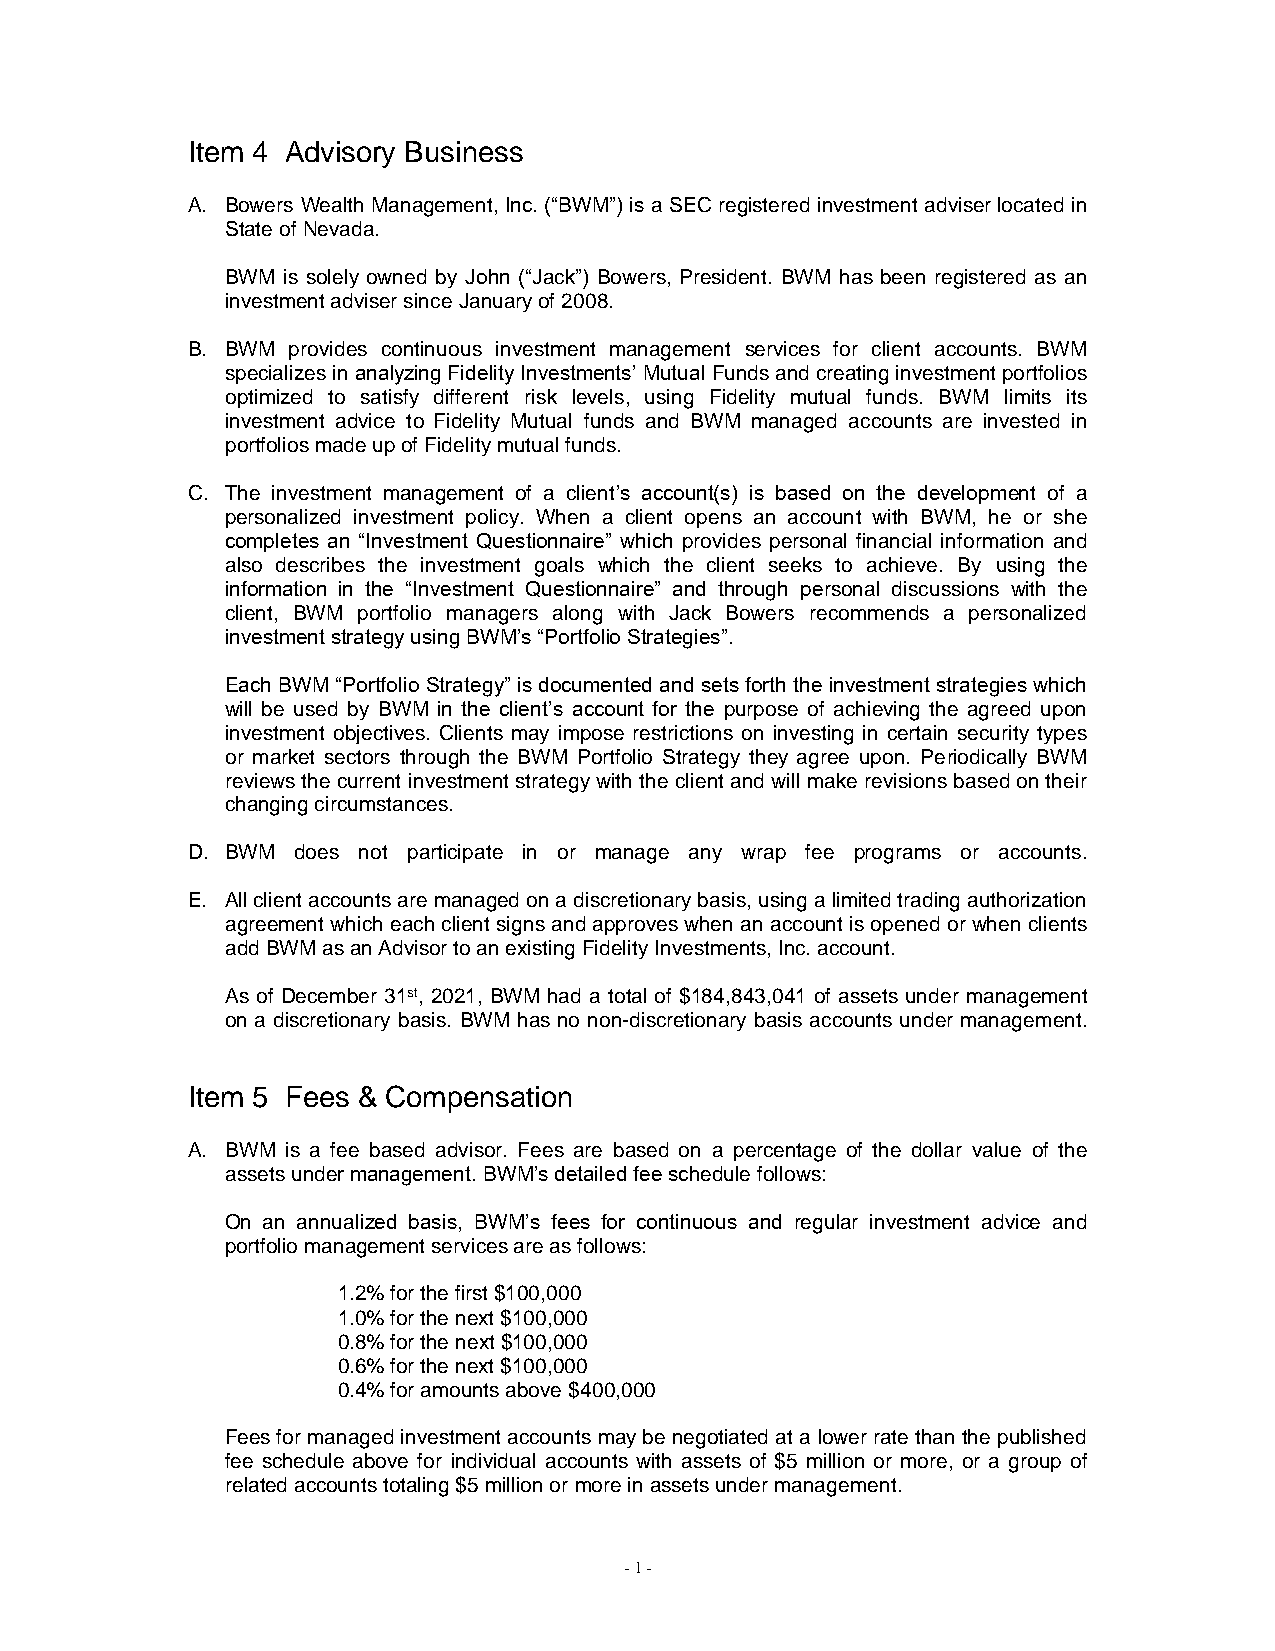
Item 4 Advisory Business
 A. Bowers Wealth Management, Inc. (“BWM”) is a SEC registered investment adviser located in
 State of Nevada.
 BWM is solely owned by John (“Jack”) Bowers, President. BWM has been registered as an
 investment adviser since January of 2008.
 B. BWM provides continuous investment management services for client accounts. BWM
 specializes in analyzing Fidelity Investments’ Mutual Funds and creating investment portfolios
 optimized to satisfy different risk levels, using Fidelity mutual funds. BWM limits its
 investment advice to Fidelity Mutual funds and BWM managed accounts are invested in
 portfolios made up of Fidelity mutual funds.
 C. The investment management of a client’s account(s) is based on the development of a
 personalized investment policy. When a client opens an account with BWM, he or she
 completes an “Investment Questionnaire” which provides personal financial information and
 also describes the investment goals which the client seeks to achieve. By using the
 information in the “Investment Questionnaire” and through personal discussions with the
 client, BWM portfolio managers along with Jack Bowers recommends a personalized
 investment strategy using BWM’s “Portfolio Strategies”.
 Each BWM “Portfolio Strategy” is documented and sets forth the investment strategies which
 will be used by BWM in the client’s account for the purpose of achieving the agreed upon
 investment objectives. Clients may impose restrictions on investing in certain security types
 or market sectors through the BWM Portfolio Strategy they agree upon. Periodically BWM
 reviews the current investment strategy with the client and will make revisions based on their
 changing circumstances.
 D. BWM  does not participate in or manage any wrap fee programs or accounts.
 E. All client accounts are managed on a discretionary basis, using a limited trading authorization
 agreement which each client signs and approves when an account is opened or when clients
 add BWM as an Advisor to an existing Fidelity Investments, Inc. account.
 As of December 31st, 2021, BWM had a total of $184,843,041 of assets under management
 on a discretionary basis. BWM has no non-discretionary basis accounts under management.
 Item 5 Fees & Compensation
 A. BWM is a fee based advisor. Fees are based on a percentage of the dollar value of the
 assets under management. BWM’s detailed fee schedule follows:
 On an annualized basis, BWM’s fees for continuous and regular investment advice and
 portfolio management services are as follows:
 1.2% for the first $100,000
 1.0% for the next $100,000
 0.8% for the next $100,000
 0.6% for the next $100,000
 0.4% for amounts above $400,000
 Fees for managed investment accounts may be negotiated at a lower rate than the published
 fee schedule above for individual accounts with assets of $5 million or more, or a group of
 related accounts totaling $5 million or more in assets under management.
 - 1 -